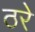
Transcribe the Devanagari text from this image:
ठरे